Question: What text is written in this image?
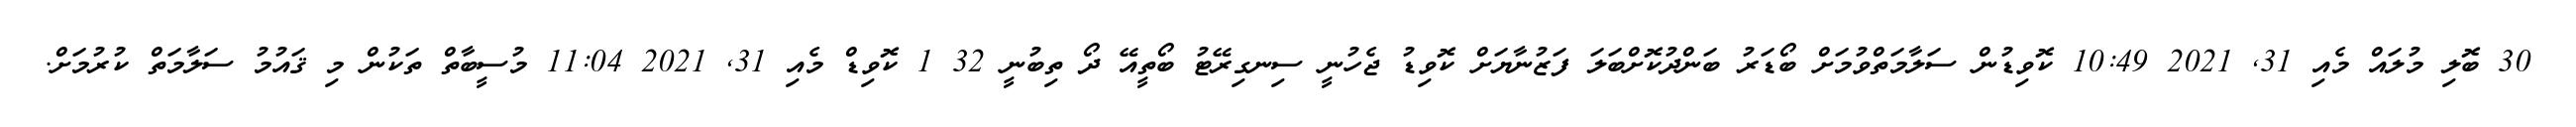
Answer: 30 ބޮލި މުލައް މެއި 31, 2021 10:49 ކޮވިޑުން ސަލާމަތްވުމަށް ބޯޑަރު ބަންދުކޮށްބަލަ ފަޒުނާޔަށް ކޮވިޑު ޖެހުނީ ސިނގިރޭޓު ބޯތީއޭ ދޯ ތިބުނީ 32 1 ކޮވިޑް މެއި 31, 2021 11:04 މުސީބާތް ތަކުން މި ޤައުމު ސަލާމަތް ކުރުމަށް.